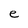
Character: e